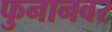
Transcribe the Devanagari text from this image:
फुनानवर